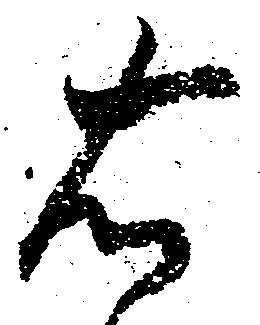
右